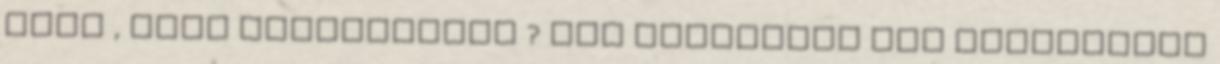
kell , vagy megköszönni ? Mit gondoltok van egyáltalán